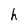
Character: h